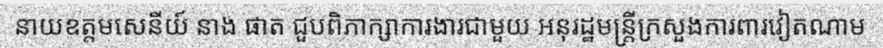
នាយឧត្តមសេនីយ៍ នាង ផាត ជួបពិភាក្សាការងារជាមួយ អនុរដ្ឋមន្ត្រីក្រសួងការពារវៀតណាម